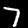
Digit: 7